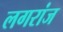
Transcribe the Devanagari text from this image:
लगरांज